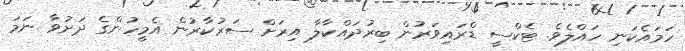
ހަމައެކަނި ހައްލެވެ. ޓެކްސީ ޑްރައިވަރުން ބިރުދައްކާލާ އިރަށް ސަރުކާރުން އެމީހުންގެ ދަށުވާ ނަމަ